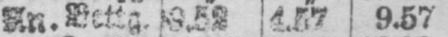
4.57 9.57